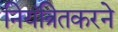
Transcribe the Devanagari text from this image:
नियंत्रितकरने